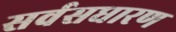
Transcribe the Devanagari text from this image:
सर्वसधारण